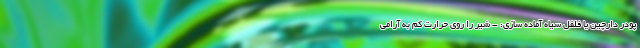
پودر دارچین یا فلفل سیاه آماده سازی: - شیر را روی حرارت کم به آرامی